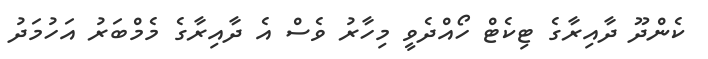
ކެންދޫ ދާއިރާގެ ޓިކެޓް ހޯއްދެވީ މިހާރު ވެސް އެ ދާއިރާގެ މެމްބަރު އަހުމަދު